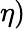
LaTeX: \eta)